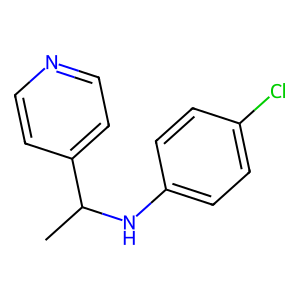
SMILES: CC(Nc1ccc(Cl)cc1)c1ccncc1
Inhibits HIV replication: No